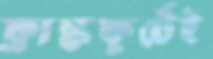
ফ্রাঙ্কফুর্টেই